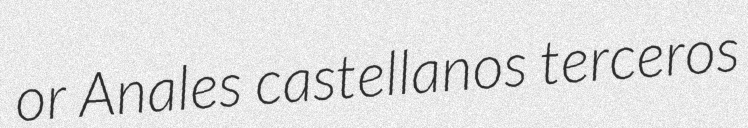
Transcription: or Anales castellanos terceros